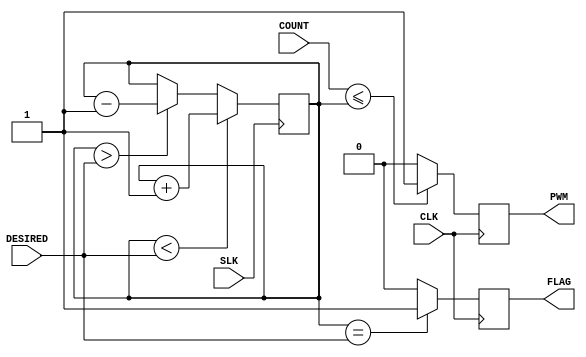
`timescale 1ns / 1ps
//////////////////////////////////////////////////////////////////////////////////
// Company: 
// Engineer: 
// 
// Design Name: 
// Module Name:    Servo 
// Project Name: 
// Target Devices: 
// Tool versions: 
// Description: 
//
// Dependencies: 
//
// Revision: 
// Revision 0.01 - File Created
// Additional Comments: 
//
//////////////////////////////////////////////////////////////////////////////////
module Servo(
		input CLK,
		input SLK,
		input [26:0] COUNT,
		input [19:0] DESIRED,
		output reg PWM,
		output reg FLAG		
    );
	
	reg [19:0] value;		//Contains the position of the arm, based on the width of the PWM pulse
	
	initial begin
		value = 0;
		FLAG = 0;
		PWM = 0;
	end
	
	always @(posedge SLK) begin				//Increment or decrement the width of the signal at
		if(value < DESIRED) begin				//the desired rate (currently every 1.28us) until the 
			value <= value + 1;					//desired value is reached.
		end else if(value > DESIRED) begin
			value <= value - 1;
		end else begin
			value <= value;
		end	
	end
	
	always @(posedge CLK) begin
		if(COUNT <= value) 		//Create the PWM pulse
			PWM <= 1;
		else
			PWM <= 0;
			
		if(value == DESIRED)		//Raise a flag when the desired value is reached.
			FLAG <= 1;
		else
			FLAG <= 0;
	end

endmodule